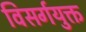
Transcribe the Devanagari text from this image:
विसर्गयुक्त